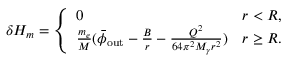
\delta H _ { m } = \left\{ \begin{array} { l l } { 0 } & { r < R , } \\ { \frac { m _ { e } } { M } ( \bar { \phi } _ { \mathrm { o u t } } - \frac { B } { r } - \frac { Q ^ { 2 } } { 6 4 \pi ^ { 2 } M _ { \gamma } r ^ { 2 } } ) } & { r \geq R . } \end{array} \right.